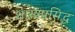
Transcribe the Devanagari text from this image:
शास्त्रप्रसिद्ध